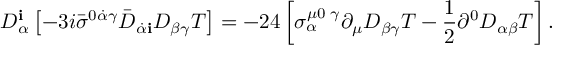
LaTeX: D _ { \alpha } ^ { \mathbf i } \left[ - 3 i { \bar { \sigma } } ^ { 0 \dot { \alpha } \gamma } { \bar { D } } _ { \dot { \alpha } { \mathbf i } } D _ { \beta \gamma } T \right] = - 2 4 \left[ \sigma _ { \alpha } ^ { \mu 0 \, \, \gamma } \partial _ { \mu } D _ { \beta \gamma } T - \frac { 1 } { 2 } \partial ^ { 0 } D _ { \alpha \beta } T \right] .